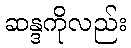
ဆန္ဒကိုလည်း